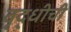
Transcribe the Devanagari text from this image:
वृद्धीची